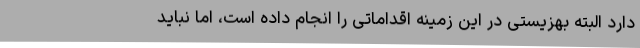
دارد البته بهزیستی در این زمینه اقداماتی را انجام داده است، اما نباید